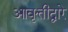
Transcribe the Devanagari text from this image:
आवृत्तीद्वारे